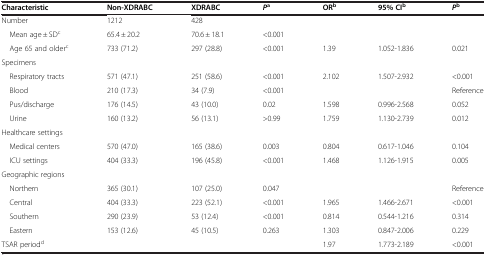
<table><thead><tr><td><b>Characteristic</b></td><td><b>Non-XDRABC</b></td><td><b>XDRABC</b></td><td><b><i>P</i><sup>a</sup></b></td><td><b>OR<sup>b</sup></b></td><td><b>95% CI<sup>b</sup></b></td><td><b><i>P</i><sup>b</sup></b></td></tr></thead><tbody><tr><td>Number</td><td>1212</td><td>428</td><td>[EMPTY_CELL]</td><td>[EMPTY_CELL]</td><td>[EMPTY_CELL]</td><td>[EMPTY_CELL]</td></tr><tr><td> Mean age ± SD<sup>c</sup></td><td>65.4 ± 20.2</td><td>70.6 ± 18.1</td><td>&lt;0.001</td><td>[EMPTY_CELL]</td><td>[EMPTY_CELL]</td><td>[EMPTY_CELL]</td></tr><tr><td> Age 65 and older<sup>c</sup></td><td>733 (71.2)</td><td>297 (28.8)</td><td>&lt;0.001</td><td>1.39</td><td>1.052-1.836</td><td>0.021</td></tr><tr><td colspan="7">Specimens</td></tr><tr><td> Respiratory tracts</td><td>571 (47.1)</td><td>251 (58.6)</td><td>&lt;0.001</td><td>2.102</td><td>1.507-2.932</td><td>&lt;0.001</td></tr><tr><td> Blood</td><td>210 (17.3)</td><td>34 (7.9)</td><td>&lt;0.001</td><td>[EMPTY_CELL]</td><td>[EMPTY_CELL]</td><td>Reference</td></tr><tr><td> Pus/discharge</td><td>176 (14.5)</td><td>43 (10.0)</td><td>0.02</td><td>1.598</td><td>0.996-2.568</td><td>0.052</td></tr><tr><td> Urine</td><td>160 (13.2)</td><td>56 (13.1)</td><td>&gt;0.99</td><td>1.759</td><td>1.130-2.739</td><td>0.012</td></tr><tr><td colspan="7">Healthcare settings</td></tr><tr><td> Medical centers</td><td>570 (47.0)</td><td>165 (38.6)</td><td>0.003</td><td>0.804</td><td>0.617-1.046</td><td>0.104</td></tr><tr><td> ICU settings</td><td>404 (33.3)</td><td>196 (45.8)</td><td>&lt;0.001</td><td>1.468</td><td>1.126-1.915</td><td>0.005</td></tr><tr><td colspan="7">Geographic regions</td></tr><tr><td> Northern</td><td>365 (30.1)</td><td>107 (25.0)</td><td>0.047</td><td>[EMPTY_CELL]</td><td>[EMPTY_CELL]</td><td>Reference</td></tr><tr><td> Central</td><td>404 (33.3)</td><td>223 (52.1)</td><td>&lt;0.001</td><td>1.965</td><td>1.466-2.671</td><td>&lt;0.001</td></tr><tr><td> Southern</td><td>290 (23.9)</td><td>53 (12.4)</td><td>&lt;0.001</td><td>0.814</td><td>0.544-1.216</td><td>0.314</td></tr><tr><td> Eastern</td><td>153 (12.6)</td><td>45 (10.5)</td><td>0.263</td><td>1.303</td><td>0.847-2.006</td><td>0.229</td></tr><tr><td>TSAR period<sup>d</sup></td><td>[EMPTY_CELL]</td><td>[EMPTY_CELL]</td><td>[EMPTY_CELL]</td><td>1.97</td><td>1.773-2.189</td><td>&lt;0.001</td></tr></tbody></table>